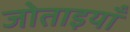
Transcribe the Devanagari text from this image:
जोताइयाँ